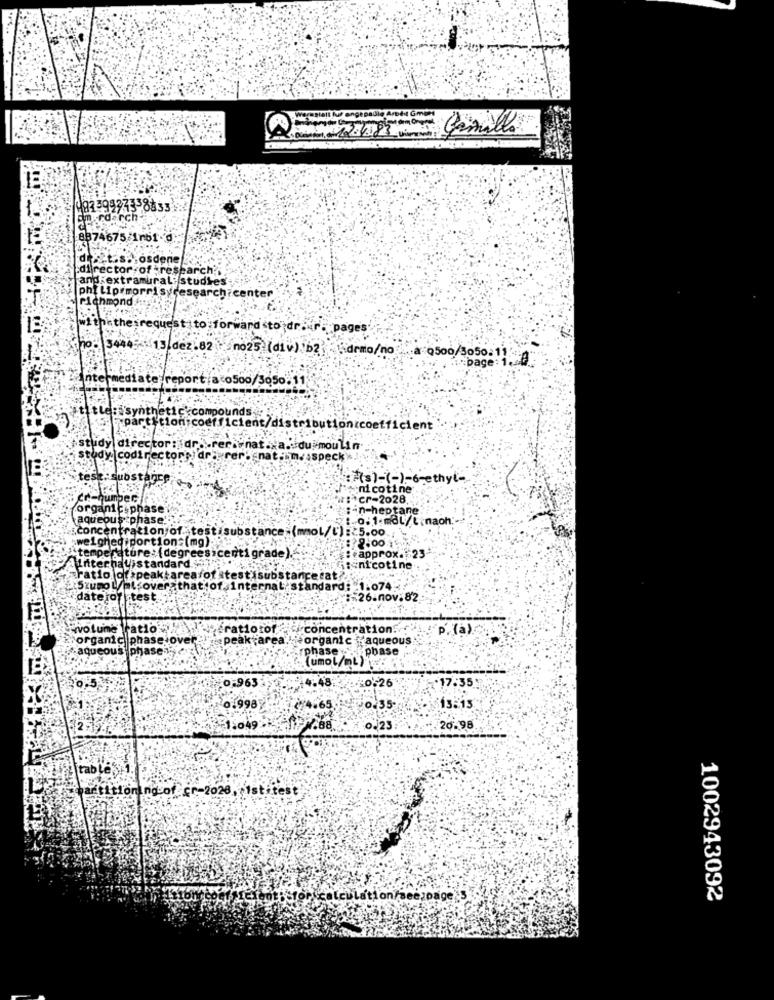
12.1.85 cm Camillo
9259977358833
8874675/1161-d
digit.s .osdene
director of ;research
and extramural; studies
philip morrisyresearch center
hmond Ani
withinthe irequest to:forward to dra r. pages
no: 3444: 13 dez.82 025 (div) b2 demo/no : 0500/3050 11
Late repor
500/3050.11
e: synthetic.compounds.
partition coefficient/distributionccoefficient
study director: dr>>-rer vna
du moulin
study |codirector's) drigrerbe
nesspeck
test:Substance;
:7(s)-(-) -- 6-ethyl-
nicotine
*cr-2028.
organic phase
-n-heptane
aqueous phase!
1-0.1-m8L/t.naoh:
:Concentration of. testisubstance:(mmol/l'): 5.00
weighed portion=(mg);
2.00
:approx. 23
Ainterhauistandard.
"temperature : (degrees centigrade).
:nicotine
aratio of speaktarea of stestisubs
Szumo L/mlsover that of internal'standard: 1.074
daterof test ..
#26.nov.82
wolune ratio el ratiotot
concentration. ..
p. (a)
'organic phase over "
peak area
organic yaqueous
-aqueous phase-
phase
phase
(umol/ml)
:0.963
.48
:0:26
17.35
15315
0.998
.65
0.35
1.049
20.98
tables
partitioning.of cr-2028, istitest
calculation/seespage; 3
1002943092